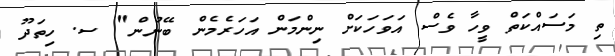
ތި މަސައްކަތް ވީހާ ވެސް އަވަހަކަށް ނިންމަން އަހަރެމެން ބޭނުން" ސ. ހިތަދޫ